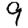
Digit: 9